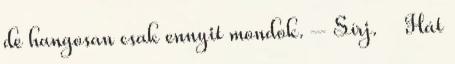
de hangosan csak ennyit mondok. – Sírj. Hát